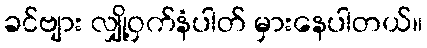
ခင်ဗျား လျှို့ဝှက်နံပါတ် မှားနေပါတယ်။